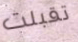
تقبلت